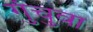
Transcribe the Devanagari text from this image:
गुंचुवा